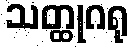
သတ္ထုဂရု